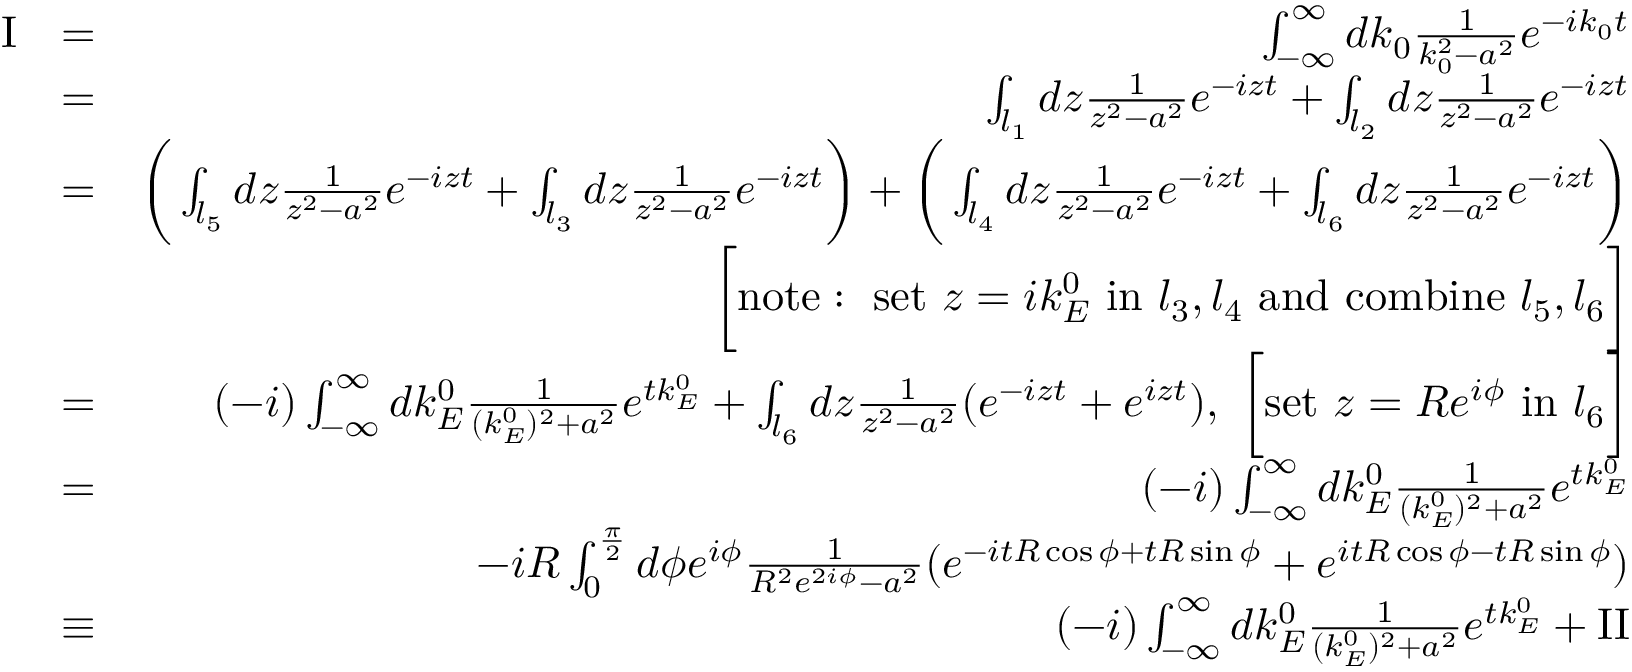
\begin{array} { r l r } { \mathrm { I } } & { = } & { \int _ { - \infty } ^ { \infty } d k _ { 0 } \frac { 1 } { k _ { 0 } ^ { 2 } - a ^ { 2 } } e ^ { - i k _ { 0 } t } } \\ & { = } & { \int _ { l _ { 1 } } d z \frac { 1 } { z ^ { 2 } - a ^ { 2 } } e ^ { - i z t } + \int _ { l _ { 2 } } d z \frac { 1 } { z ^ { 2 } - a ^ { 2 } } e ^ { - i z t } } \\ & { = } & { \bigg ( \int _ { l _ { 5 } } d z \frac { 1 } { z ^ { 2 } - a ^ { 2 } } e ^ { - i z t } + \int _ { l _ { 3 } } d z \frac { 1 } { z ^ { 2 } - a ^ { 2 } } e ^ { - i z t } \bigg ) + \bigg ( \int _ { l _ { 4 } } d z \frac { 1 } { z ^ { 2 } - a ^ { 2 } } e ^ { - i z t } + \int _ { l _ { 6 } } d z \frac { 1 } { z ^ { 2 } - a ^ { 2 } } e ^ { - i z t } \bigg ) } \\ & { } & { \bigg [ \mathrm { n o t e : ~ s e t ~ } z = i k _ { E } ^ { 0 } \mathrm { ~ i n ~ } l _ { 3 } , l _ { 4 } \mathrm { ~ a n d ~ c o m b i n e ~ } l _ { 5 } , l _ { 6 } \bigg ] } \\ & { = } & { ( - i ) \int _ { - \infty } ^ { \infty } d k _ { E } ^ { 0 } \frac { 1 } { ( k _ { E } ^ { 0 } ) ^ { 2 } + a ^ { 2 } } e ^ { t k _ { E } ^ { 0 } } + \int _ { l _ { 6 } } d z \frac { 1 } { z ^ { 2 } - a ^ { 2 } } ( e ^ { - i z t } + e ^ { i z t } ) , \ \bigg [ \mathrm { s e t ~ } z = R e ^ { i \phi } \mathrm { ~ i n ~ } l _ { 6 } \bigg ] } \\ & { = } & { ( - i ) \int _ { - \infty } ^ { \infty } d k _ { E } ^ { 0 } \frac { 1 } { ( k _ { E } ^ { 0 } ) ^ { 2 } + a ^ { 2 } } e ^ { t k _ { E } ^ { 0 } } } \\ & { } & { - i R \int _ { 0 } ^ { \frac { \pi } { 2 } } d \phi e ^ { i \phi } \frac { 1 } { R ^ { 2 } e ^ { 2 i \phi } - a ^ { 2 } } ( e ^ { - i t R \cos \phi + t R \sin \phi } + e ^ { i t R \cos \phi - t R \sin \phi } ) } \\ & { \equiv } & { ( - i ) \int _ { - \infty } ^ { \infty } d k _ { E } ^ { 0 } \frac { 1 } { ( k _ { E } ^ { 0 } ) ^ { 2 } + a ^ { 2 } } e ^ { t k _ { E } ^ { 0 } } + \mathrm { I I } } \end{array}